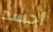
أحسد